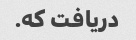
دریافت که.